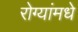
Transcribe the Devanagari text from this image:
रोग्यांमधे